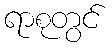
ရာစုတွင်